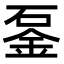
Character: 𨥴